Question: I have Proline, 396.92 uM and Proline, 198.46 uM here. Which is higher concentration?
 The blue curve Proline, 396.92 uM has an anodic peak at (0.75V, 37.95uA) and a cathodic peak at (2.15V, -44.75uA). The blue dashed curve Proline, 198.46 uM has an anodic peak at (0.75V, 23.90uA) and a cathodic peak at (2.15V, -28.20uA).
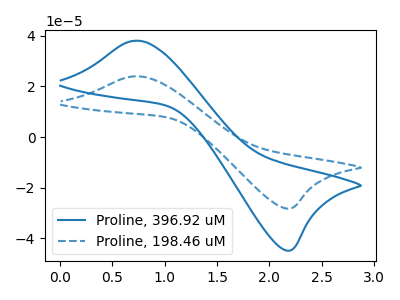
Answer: <think>All the peaks in "Proline, 396.92 uM" have a peak in "Proline, 198.46 uM" at the same potential. Every peak in "Proline, 396.92 uM" is higher than every peak in "Proline, 198.46 uM".
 </think>
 <answer>"Proline, 396.92 uM" has more signal than "Proline, 198.46 uM" and so likely has a higher concentration.</answer>
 <eval>more_concentration</eval>